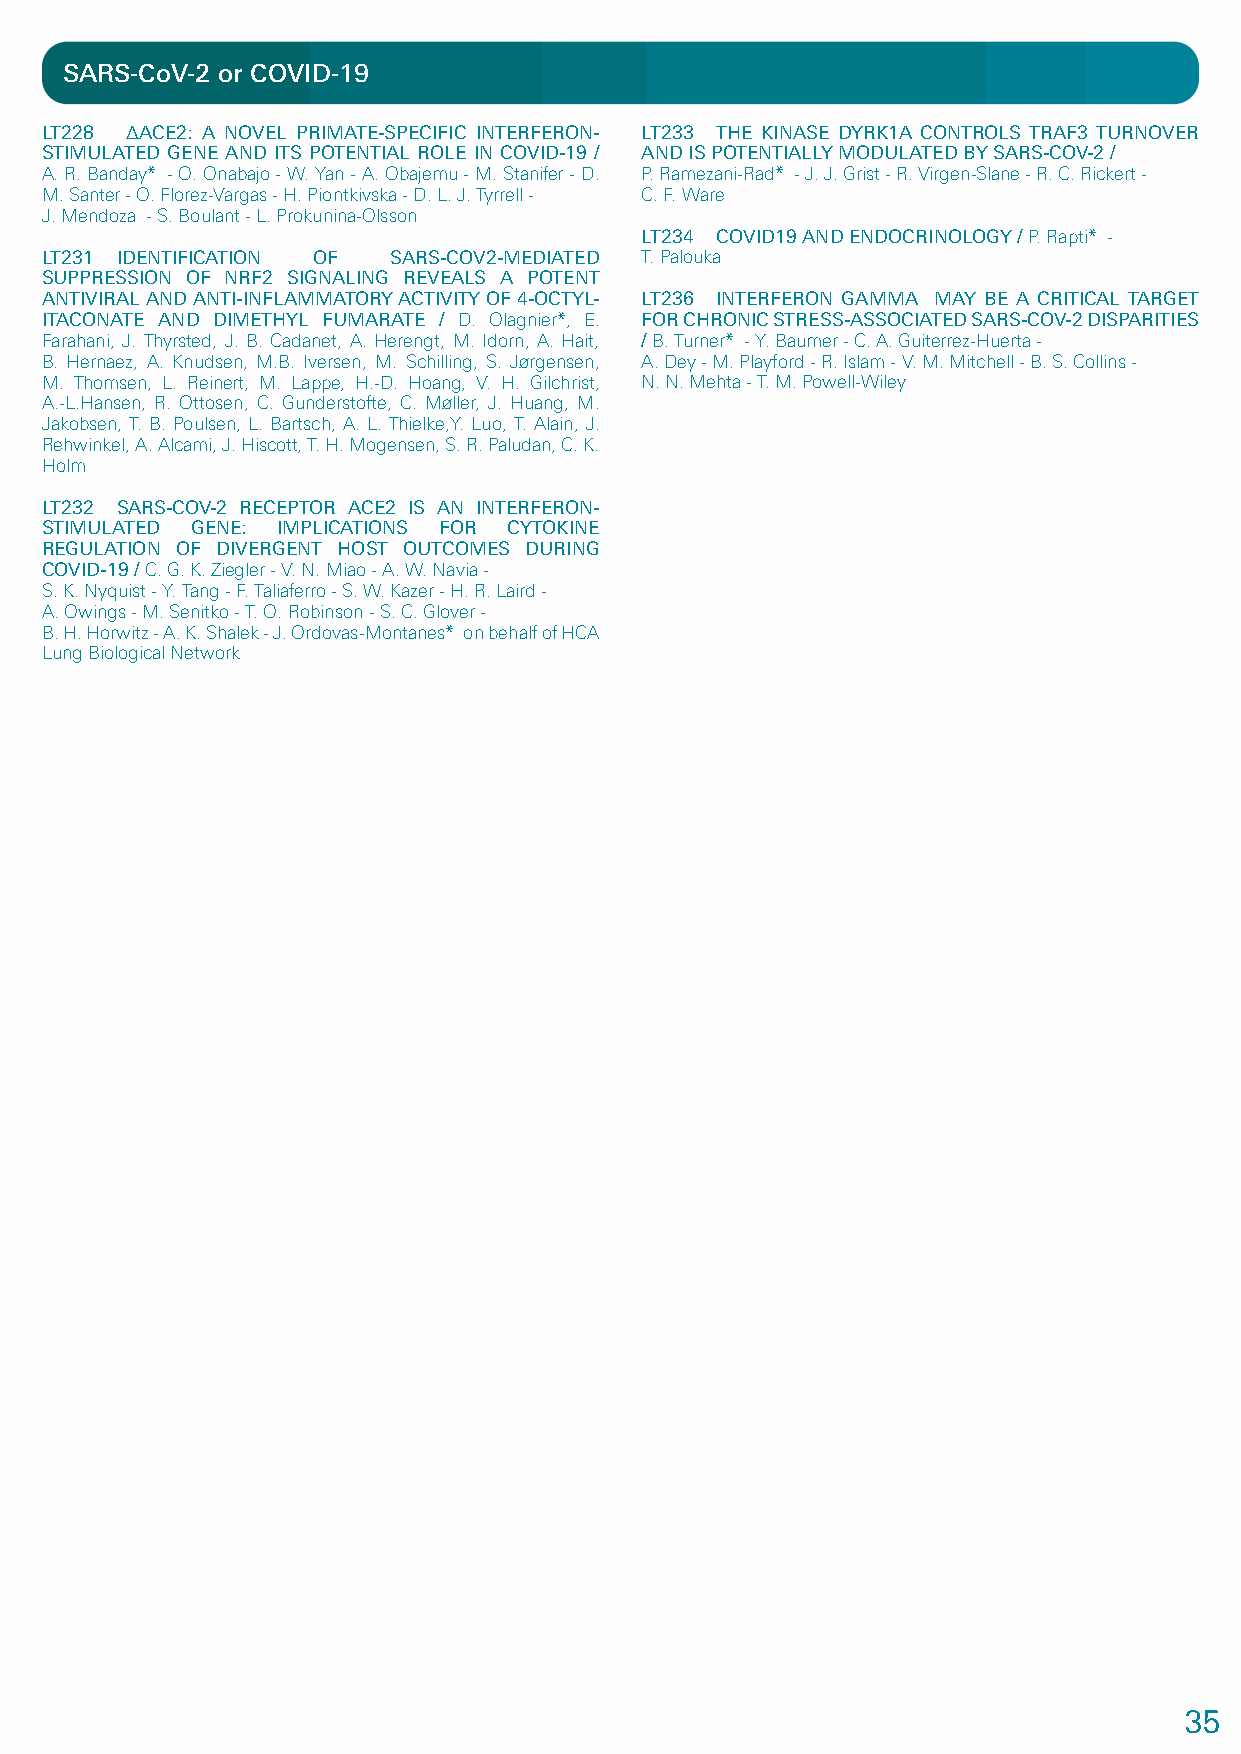
SARS-CoV-2 or COVID-19
 LT228 ΔACE2: A NOVEL PRIMATE-SPECIFIC INTERFERON- LT233 THE KINASE DYRK1A CONTROLS TRAF3 TURNOVER
 STIMULATED GENE AND ITS POTENTIAL ROLE IN COVID-19 / AND IS POTENTIALLY MODULATED BY SARS-COV-2 /
 A. R. Banday* - O. Onabajo - W. Yan - A. Obajemu - M. Stanifer - D. P. Ramezani-Rad* - J. J. Grist - R. Virgen-Slane - R. C. Rickert -
 M. Santer - O. Florez-Vargas - H. Piontkivska - D. L. J. Tyrrell - C. F. Ware
 J. Mendoza - S. Boulant - L. Prokunina-Olsson
 LT234 COVID19 AND ENDOCRINOLOGY / P. Rapti* -
 LT231 IDENTIFICATION OF SARS-COV2-MEDIATED T. Palouka
 SUPPRESSION OF NRF2 SIGNALING REVEALS A POTENT
 ANTIVIRAL AND ANTI-INFLAMMATORY ACTIVITY OF 4-OCTYL- LT236 INTERFERON GAMMA MAY BE A CRITICAL TARGET
 ITACONATE AND DIMETHYL FUMARATE / D. Olagnier*, E. FOR CHRONIC STRESS-ASSOCIATED SARS-COV-2 DISPARITIES
 Farahani, J. Thyrsted, J. B. Cadanet, A. Herengt, M. Idorn, A. Hait, / B. Turner* - Y. Baumer - C. A. Guiterrez-Huerta -
 B. Hernaez, A. Knudsen, M.B. Iversen, M. Schilling, S. Jørgensen, A. Dey - M. Playford - R. Islam - V. M. Mitchell - B. S. Collins -
 M. Thomsen, L. Reinert, M. Lappe, H.-D. Hoang, V. H. Gilchrist, N. N. Mehta - T. M. Powell-Wiley
 A.-L.Hansen, R. Ottosen, C. Gunderstofte, C. Møller, J. Huang, M.
 Jakobsen, T. B. Poulsen, L. Bartsch, A. L. Thielke,Y. Luo, T. Alain, J.
 Rehwinkel, A. Alcami, J. Hiscott, T. H. Mogensen, S. R. Paludan, C. K.
 Holm
 LT232 SARS-COV-2 RECEPTOR ACE2 IS AN INTERFERON-
 STIMULATED GENE: IMPLICATIONS FOR CYTOKINE
 REGULATION OF DIVERGENT HOST OUTCOMES DURING
 COVID-19 / C. G. K. Ziegler - V. N. Miao - A. W. Navia -
 S. K. Nyquist - Y. Tang - F. Taliaferro - S. W. Kazer - H. R. Laird -
 A. Owings - M. Senitko - T. O. Robinson - S. C. Glover -
 B. H. Horwitz - A. K. Shalek - J. Ordovas-Montanes* on behalf of HCA
 Lung Biological Network
 35